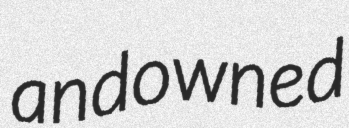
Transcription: and owned